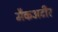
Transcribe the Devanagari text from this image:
मैकअटीर